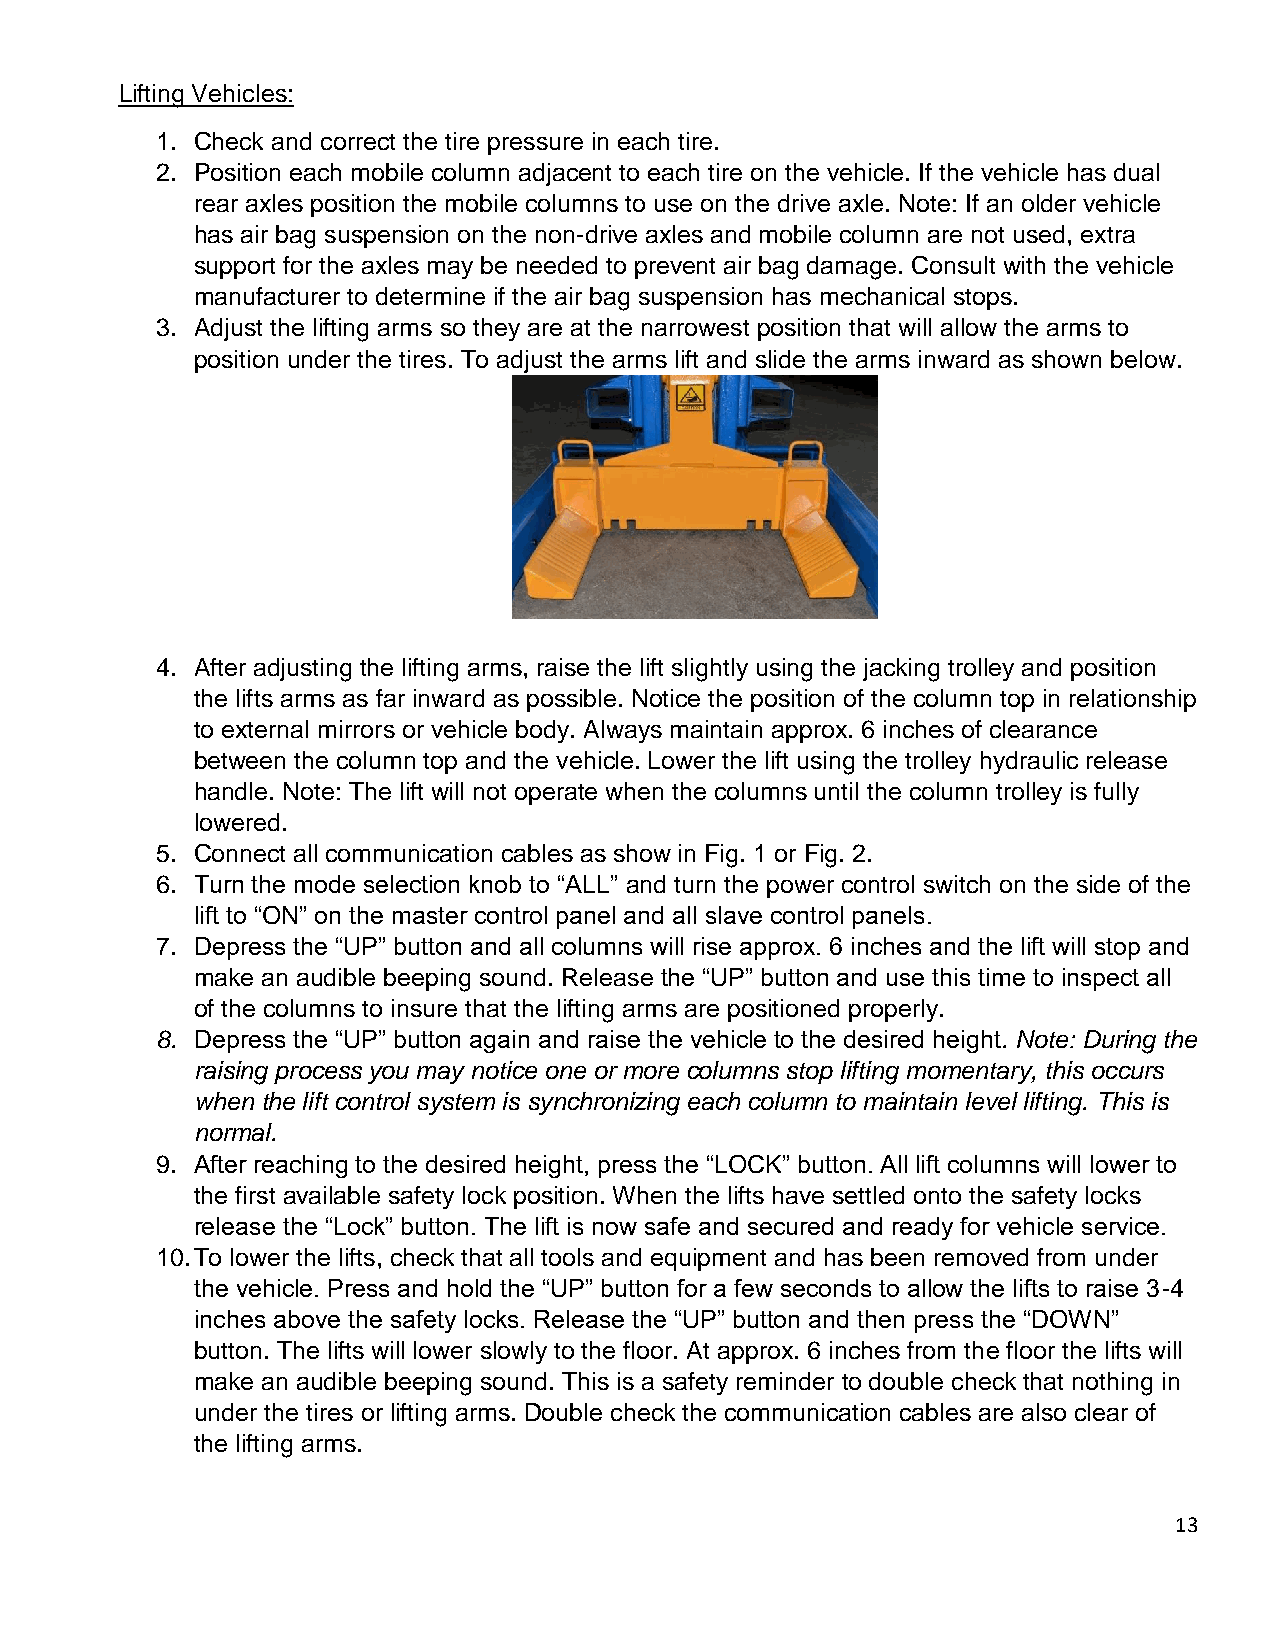
Lifting Vehicles:
 1. Check and correct the tire pressure in each tire.
 2. Position each mobile column adjacent to each tire on the vehicle. If the vehicle has dual
 rear axles position the mobile columns to use on the drive axle. Note: If an older vehicle
 has air bag suspension on the non-drive axles and mobile column are not used, extra
 support for the axles may be needed to prevent air bag damage. Consult with the vehicle
 manufacturer to determine if the air bag suspension has mechanical stops.
 3. Adjust the lifting arms so they are at the narrowest position that will allow the arms to
 position under the tires. To adjust the arms lift and slide the arms inward as shown below.
 4. After adjusting the lifting arms, raise the lift slightly using the jacking trolley and position
 the lifts arms as far inward as possible. Notice the position of the column top in relationship
 to external mirrors or vehicle body. Always maintain approx. 6 inches of clearance
 between the column top and the vehicle. Lower the lift using the trolley hydraulic release
 handle. Note: The lift will not operate when the columns until the column trolley is fully
 lowered.
 5. Connect all communication cables as show in Fig. 1 or Fig. 2.
 6. Turn the mode selection knob to “ALL” and turn the power control switch on the side of the
 lift to “ON” on the master control panel and all slave control panels.
 7. Depress the “UP” button and all columns will rise approx. 6 inches and the lift will stop and
 make an audible beeping sound. Release the “UP” button and use this time to inspect all
 of the columns to insure that the lifting arms are positioned properly.
 8. Depress the “UP” button again and raise the vehicle to the desired height. Note: During the
 raising process you may notice one or more columns stop lifting momentary, this occurs
 when the lift control system is synchronizing each column to maintain level lifting. This is
 normal.
 9. After reaching to the desired height, press the “LOCK” button. All lift columns will lower to
 the first available safety lock position. When the lifts have settled onto the safety locks
 release the “Lock” button. The lift is now safe and secured and ready for vehicle service.
 10. To lower the lifts, check that all tools and equipment and has been removed from under
 the vehicle. Press and hold the “UP” button for a few seconds to allow the lifts to raise 3-4
 inches above the safety locks. Release the “UP” button and then press the “DOWN”
 button. The lifts will lower slowly to the floor. At approx. 6 inches from the floor the lifts will
 make an audible beeping sound. This is a safety reminder to double check that nothing in
 under the tires or lifting arms. Double check the communication cables are also clear of
 the lifting arms.
 13